Trukikaitis_Postimees, lk 69
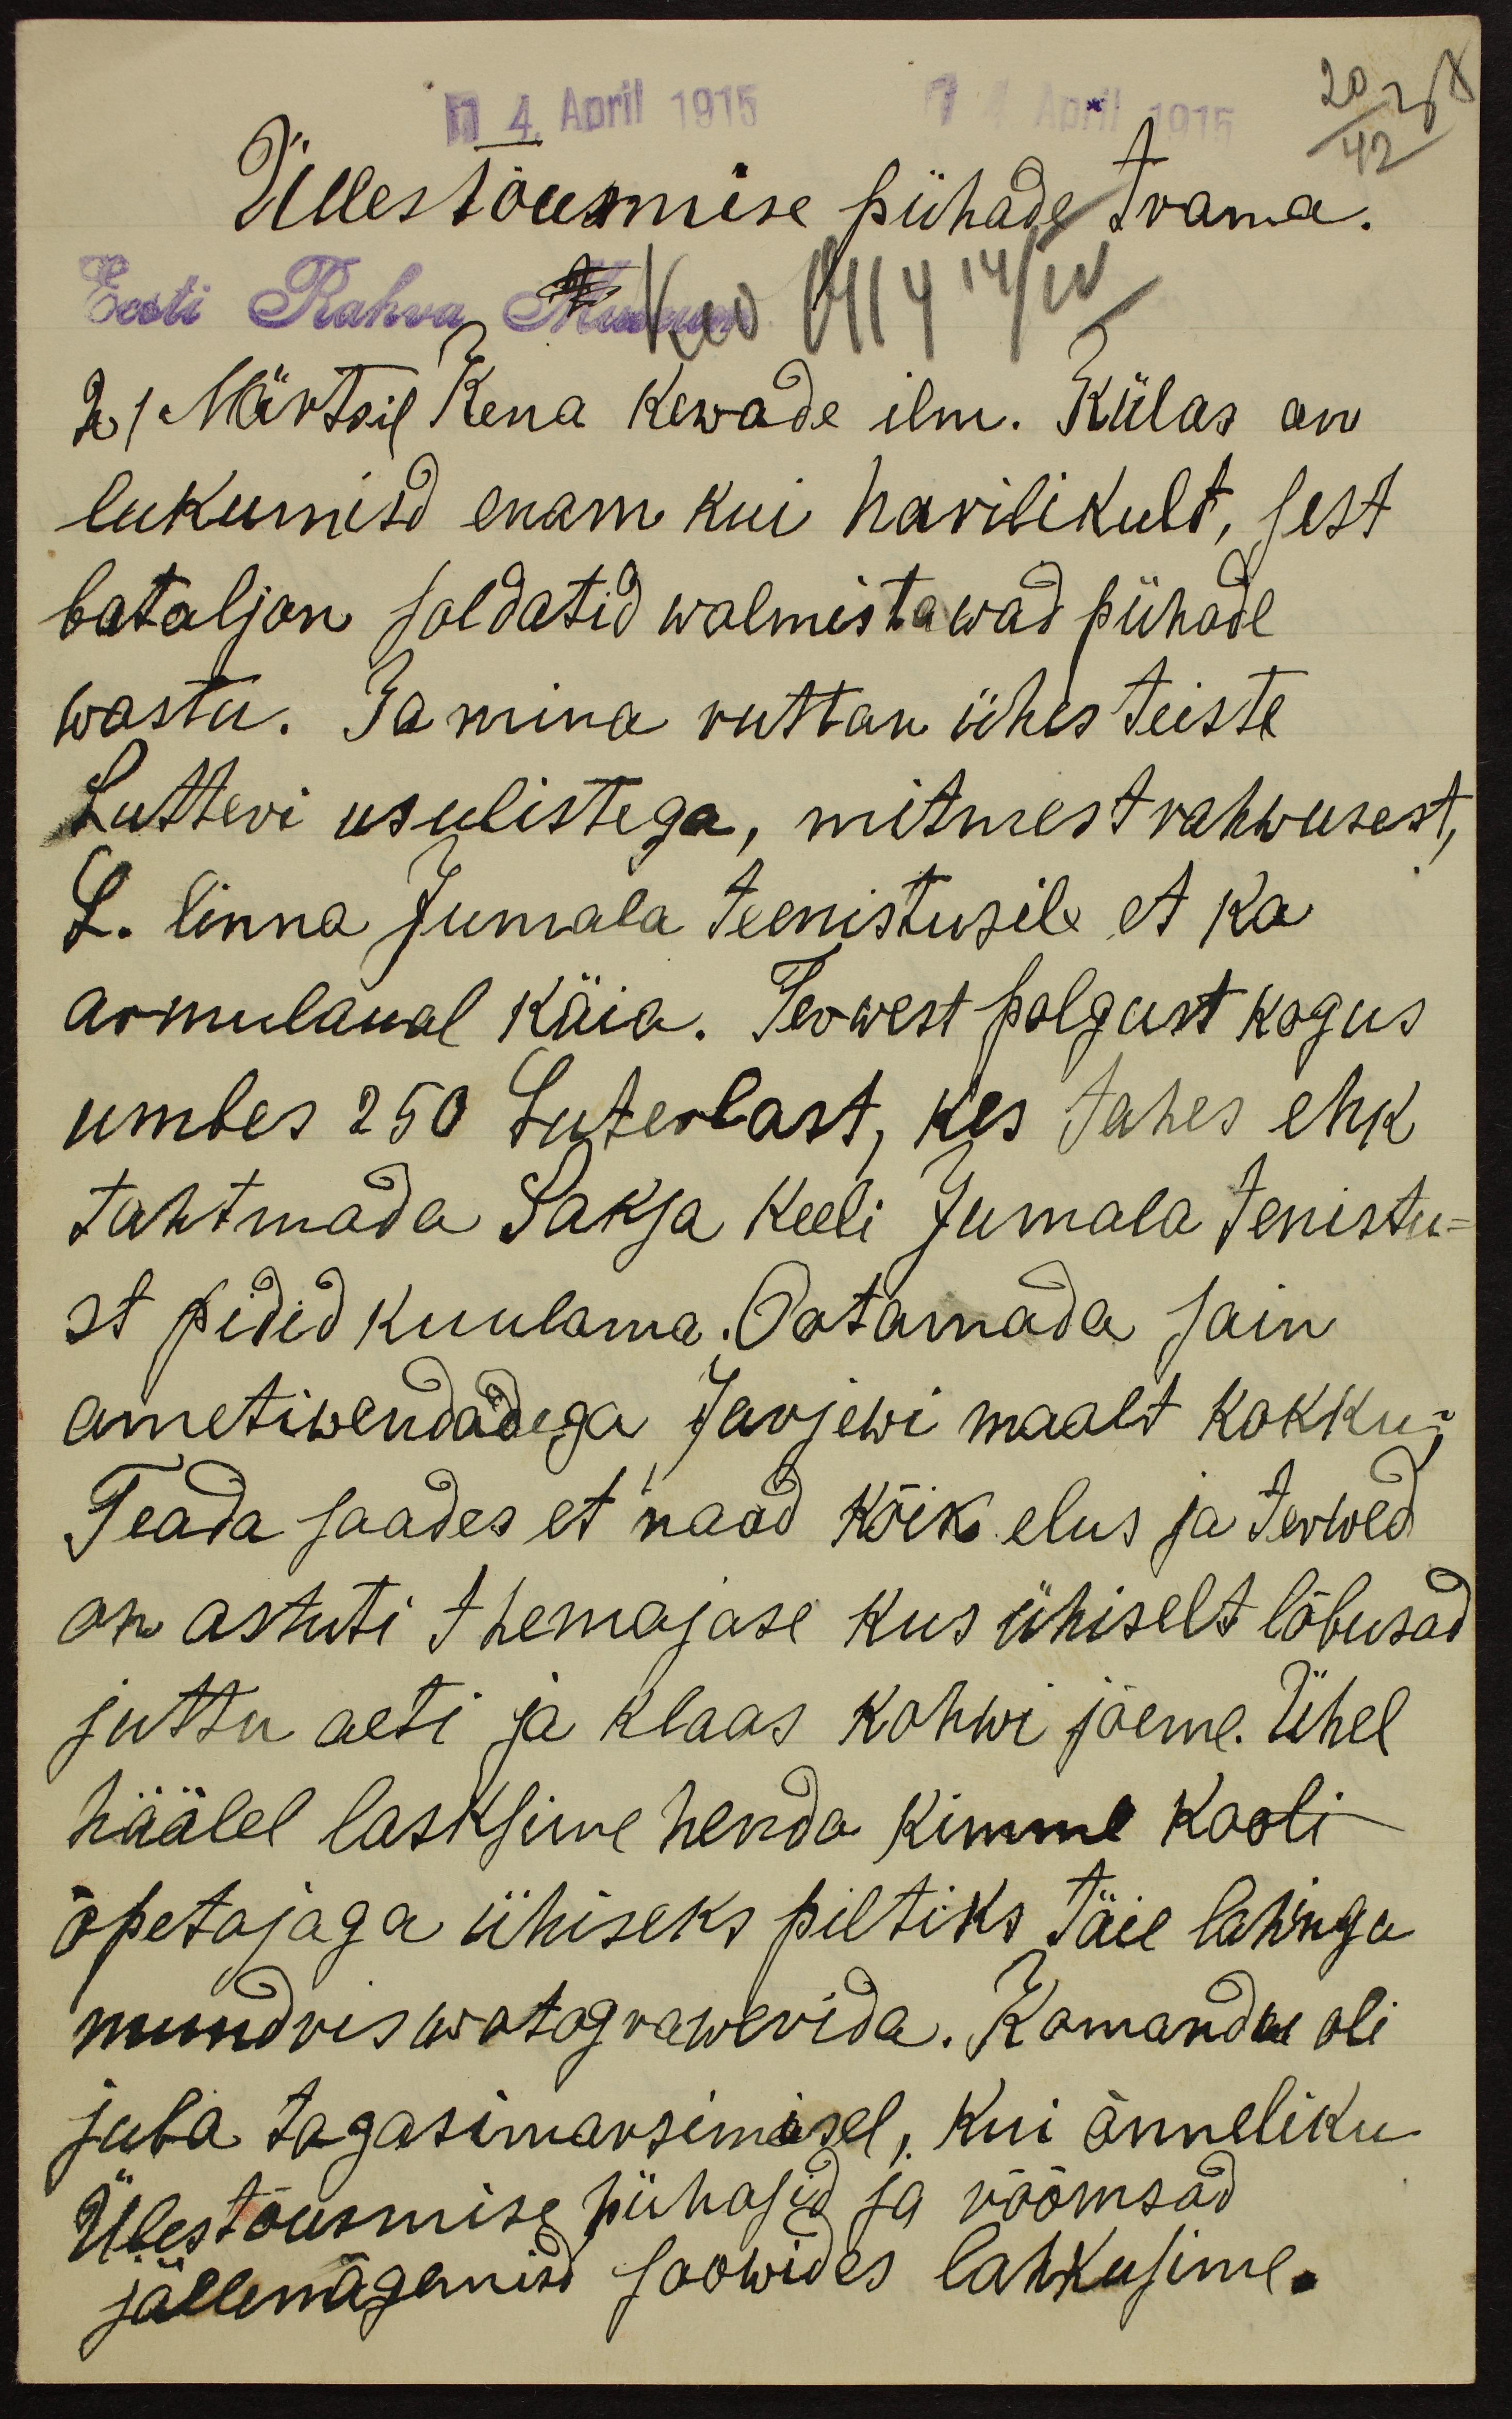
20 37
14. April 1915
14. April 1915
42
Üllestõusmise pühade trama.
Eesti Rahva Museum
21 Märtsil Kena kewade ilm. Külas on
liikumisd enam kui harilikult, sest
bataljon soldatid walmistawad pühade
wastu.  Ja mina ruttan ühes teiste
Lutteri usulistega, mitmest rahwusest,
L. linna Jumala teenistusile et ka
armulaual käia. Terwest polgust kogus
umbes 250 Luterlast, kes tahes ehk
tahtmada Saksa keeli Jumala tenistu-
st pidid kuulama. Ootamada sain
ametiwendadega Jarjewi maalt kokku;
Teada saades et naad kõik elus ja terwed
on astuti themajase kus ühiselt lõbusad
juttu aeti ja klaas kohwi jõeme. Ühel
häälel lasksime henda kimme kooli
õpetajaga ühiseks piltiks täie lahingu
mundris wotograwerida. Komandu oli
juba tagasimarsimisel, kui õnneliku
Ülestõusmise pühasid ja rõõmsad
jällenägemisd soowides lahkusime.